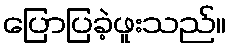
ပြောပြခဲ့ဖူးသည်။